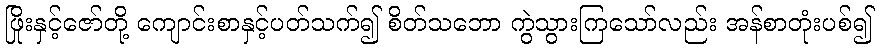
ဖြိုးနှင့်ဇော်တို့ ကျောင်းစာနှင့်ပတ်သက်၍ စိတ်သဘော ကွဲသွားကြသော်လည်း အန်စာတုံးပစ်၍